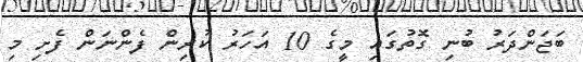
ބަޖަންދަރު ބުނި ގޮތުގައި މީގެ 10 އަހަރު ކުރިން ފެންނަން ފެށި މި